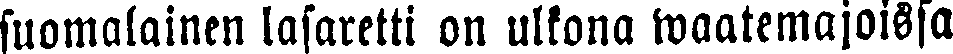
suomalainen lasaretti on ulkona waatemajoissa